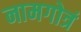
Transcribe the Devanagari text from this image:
नामगोत्रं